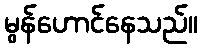
မွန်ဟောင်နေသည်။